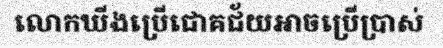
លោកឃីងប្រើជោគជ័យអាចប្រើប្រាស់